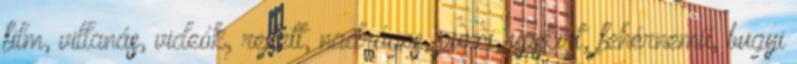
film, villanás, videók, rejtett, nadrágos, punci, upskirt, fehérnemű, bugyi